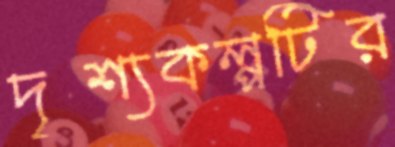
দৃশ্যকল্পটির